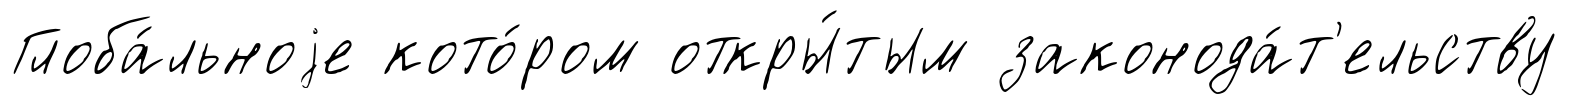
Глоба́льноjе кото́ром откры́тым законода́т'ельству